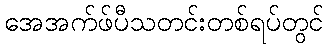
အေအက်ဖ်ပီသတင်းတစ်ရပ်တွင်